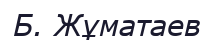
Б. Жұматаев